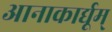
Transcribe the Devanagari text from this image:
आनाकार्द्यूम्